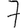
Digit: 7